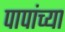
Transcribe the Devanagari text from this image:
पापांच्या